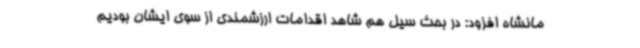
مانشاه افزود: در بحث سیل هم شاهد اقدامات ارزشمندی از سوی ایشان بودیم